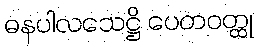
ဓနပါလသေဋ္ဌိ ပေတဝတ္ထု